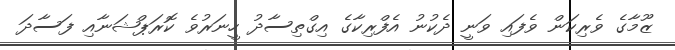
ޒޫމާގެ ވެރިކަން ވެފައި ވަނީ ދެކުނު އެފްރިކާގެ އިގްތިސާދު ހީނަރުވެ ކޮރަޕްޝަނާއި ފަސާދަ